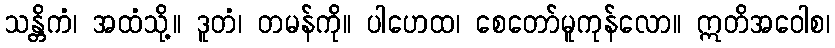
သန္တိကံ၊ အထံသို့။ ဒူတံ၊ တမန်ကို။ ပါဟေထ၊ စေတော်မူကုန်လော။ ဣတိအဝေါစ၊